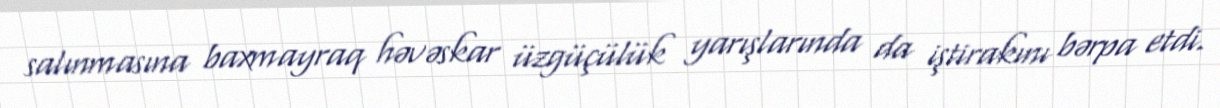
salınmasına baxmayraq həvəskar üzgüçülük yarışlarında da iştirakını bərpa etdi.